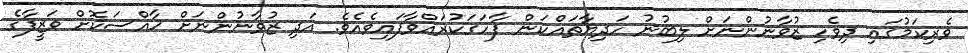
ވެރިކަމުގައި ދިވެހި ޒުވާނުންނަށް ލިބުނު ހަދިޔާތައްކަން ފާހަގަކުރައްވާފައިވެއެވެ. އަދި ޒުވާނުންނަށް ޚާއްސަކޮށް ވަޒީފާގެ